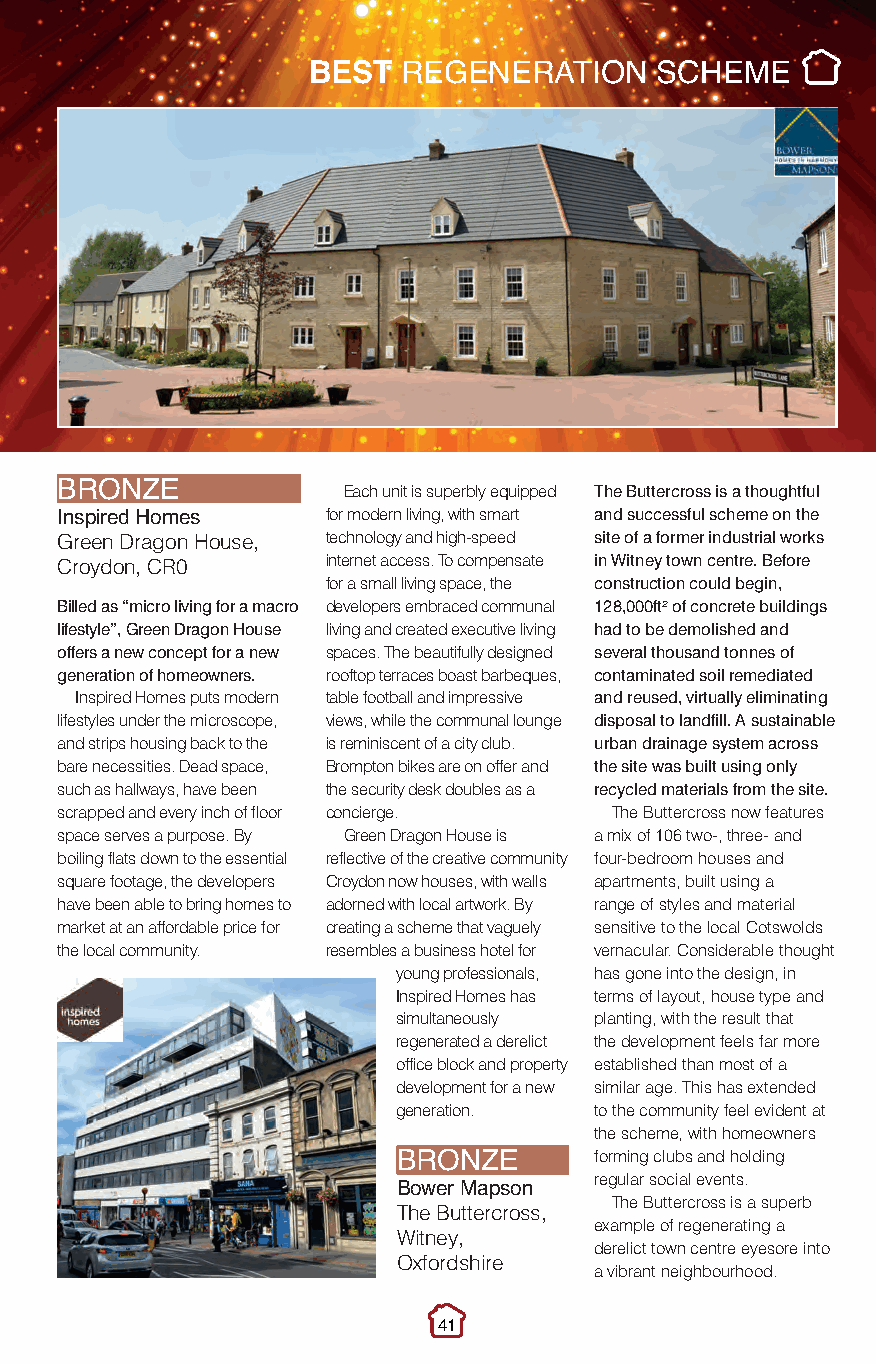
Best Regeneration.qxp_Layout 1 10/11/2016 21:50 Page 4
 BEST   REGENERATION     SCHEME
 Each unit is superbly equipped The Buttercross is a thoughtful
 BRONZE
 for modern living, with smart and successful scheme on the
 I Gn rs ep eir ne d D rH ao gm one s House, technology and high-speed site of a former industrial works
 internet access. To compensate in Witney town centre. Before
 Croydon, CR0
 for a small living space, the construction could begin,
 Billed as “micro living for a macro developers embraced communal 128,000ft² of concrete buildings
 lifestyle”, Green Dragon House living and created executive living had to be demolished and
 offers a new concept for a new spaces. The beautifully designed several thousand tonnes of
 generation of homeowners. rooftop terraces boast barbeques, contaminated soil remediated
 Inspired Homes puts modern table football and impressive and reused, virtually eliminating
 lifestyles under the microscope, views, while the communal lounge disposal to landfill. A sustainable
 and strips housing back to the is reminiscent of a city club. urban drainage system across
 bare necessities. Dead space, Brompton bikes are on offer and the site was built using only
 such as hallways, have been the security desk doubles as a recycled materials from the site.
 scrapped and every inch of floor concierge. The Buttercross now features
 space serves a purpose. By Green Dragon House is a mix of 106 two-, three- and
 boiling flats down to the essential reflective of the creative community four-bedroom houses and
 square footage, the developers Croydon now houses, with walls apartments, built using a
 have been able to bring homes to adorned with local artwork. By range of styles and material
 market at an affordable price for creating a scheme that vaguely sensitive to the local Cotswolds
 the local community. resembles a business hotel for vernacular. Considerable thought
 young professionals, has gone into the design, in
 Inspired Homes has terms of layout, house type and
 simultaneously planting, with the result that
 regenerated a derelict the development feels far more
 office block and property established than most of a
 development for a new similar age. This has extended
 generation.  to the community feel evident at
 the scheme, with homeowners
 forming clubs and holding
 BRONZE       regular social events.
 Bower Mapson   The Buttercross is a superb
 The Buttercross,
 example of regenerating a
 Witney,
 derelict town centre eyesore into
 Oxfordshire
 a vibrant neighbourhood.
 41